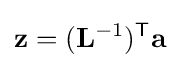
\mathbf {z} =(\mathbf {L} ^{-1})^{\mathsf {T}}\mathbf {a}